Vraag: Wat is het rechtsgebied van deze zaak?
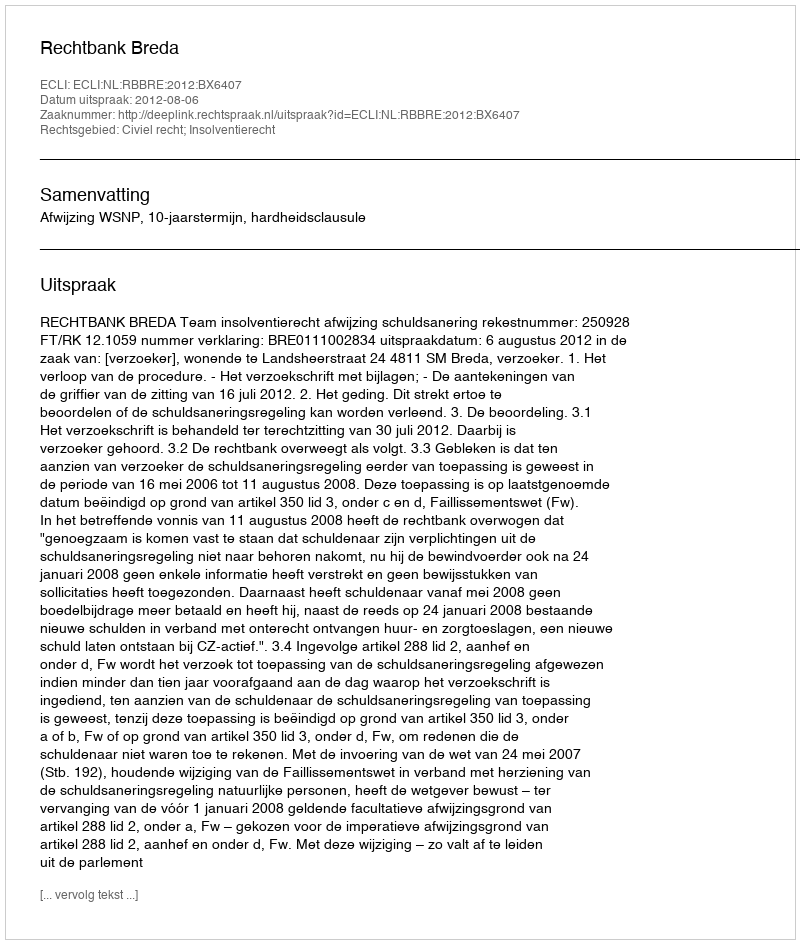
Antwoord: Civiel recht; Insolventierecht